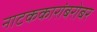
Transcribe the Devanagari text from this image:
नाटककारांबरोबर